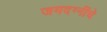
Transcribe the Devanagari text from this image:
जमदग्नींचे